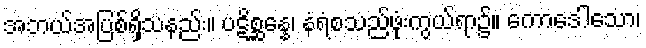
အဘယ်အပြစ်ရှိသနည်း။ ပဋိစ္ဆန္နေ၊ နံရံစသည်ဖုံးကွယ်ရာ၌။ ကောဒေါသော၊